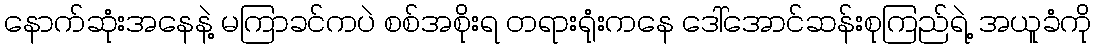
နောက်ဆုံးအနေနဲ့ မကြာခင်ကပဲ စစ်အစိုးရ တရားရုံးကနေ ဒေါ်အောင်ဆန်းစုကြည်ရဲ့ အယူခံကို